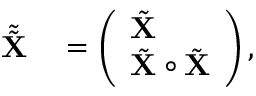
\begin{array} { r l } { \tilde { \tilde { \mathbf { X } } } } & { { } = \left( \begin{array} { l } { \tilde { \mathbf { X } } } \\ { \tilde { \mathbf { X } } \circ \tilde { \mathbf { X } } } \end{array} \right) , } \end{array}